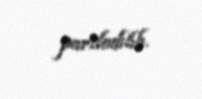
partladılıb.